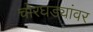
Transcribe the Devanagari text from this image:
चोरघड्यांवर